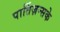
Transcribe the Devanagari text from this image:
पार्तिज़न्सके